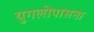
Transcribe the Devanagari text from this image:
युगलोपासना